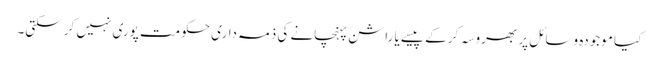
کیا موجودہ وسائل پر بھروسہ کر کے پیسے یا راشن پہنچانے کی ذمہ داری حکومت پوری نہیں کر سکتی۔